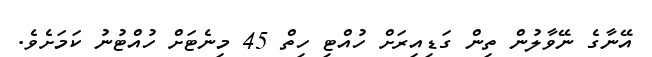
އޭނާގެ ނޭވާލުން ތިން ގަޑިއިރަށް ހުއްޓި ހިތް 45 މިނެޓަށް ހުއްޓުނު ކަމަށެވެ.